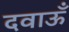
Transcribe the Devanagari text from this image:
दवाऊँ